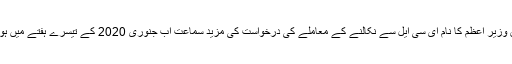
سابق وزیر اعظم کا نام ای سی ایل سے نکالنے کے معاملے کی درخواست کی مزید سماعت اب جنوری 2020 کے تیسرے ہفتے میں ہو گی۔